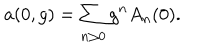
a ( 0 , g ) = \sum _ { n \geq 0 } g ^ { n } A _ { n } ( 0 ) .